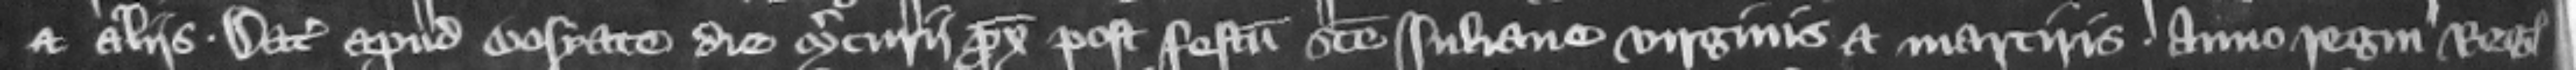
et aliis. Datum apud Bosyate die Mercurii proximo post festum Sancte Iuliane virginis et martiris. anno regni regis